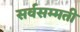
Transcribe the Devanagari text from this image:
सर्वसम्मती